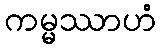
ကမ္မဿာဟံ